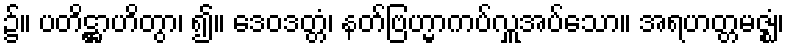
၌။ ပတိဋ္ဌာဟိတွာ၊ ၍။ ဒေဝဒတ္တံ၊ နတ်ဗြဟ္မာကပ်လှူအပ်သော။ အရဟတ္တမဇ္ဈံ၊